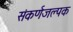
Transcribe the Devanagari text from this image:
संकर्णजल्पक